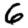
Digit: 6